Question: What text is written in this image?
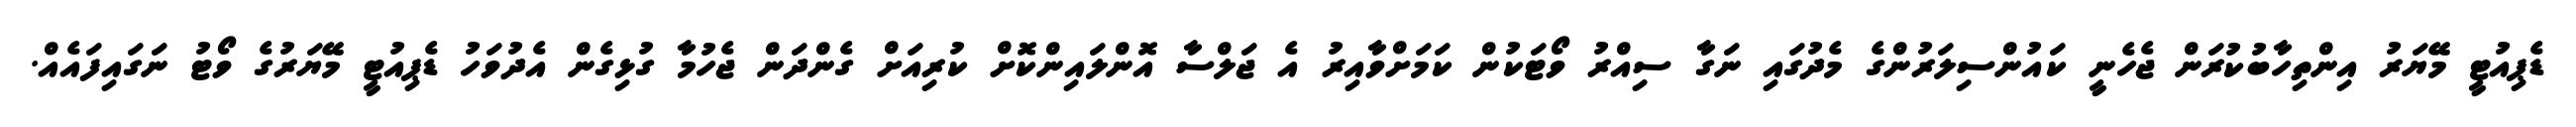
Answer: ޑެޕިއުޓީ މޭޔަރު އިންތިހާބުކުރަން ޖެހެނީ ކައުންސިލަރުންގެ މެދުގައި ނަގާ ސިއްރު ވޯޓަކުން ކަމަށްވާއިރު އެ ޖަލްސާ އޮންލައިންކޮށް ކުރިއަށް ގެންދަން ޖެހުމާ ގުޅިގެން އެދުވަހު ޑެޕިއުޓީ މޭޔަރުގެ ވޯޓު ނަގައިފައެއް.